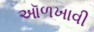
ઑળખાવી